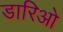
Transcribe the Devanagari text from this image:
डारिओ